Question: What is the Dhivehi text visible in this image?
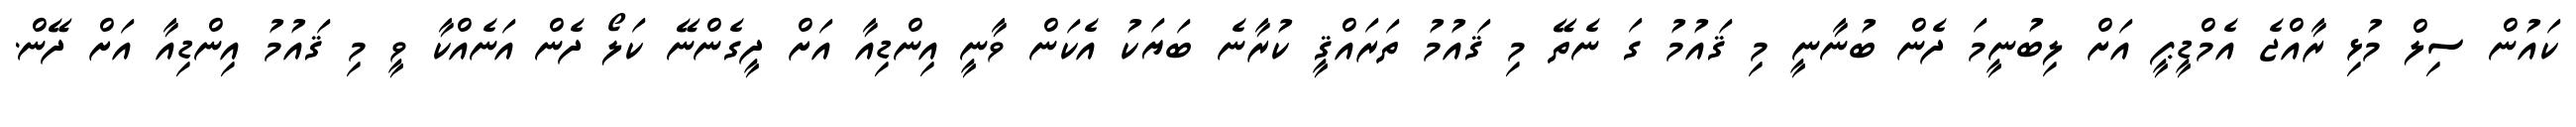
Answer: ކައުން ސިލް މުޅި ރާއްޖެ އެމްޑީޕީ އަށް ލިބުނީމަ ދެން ބުނާނީ މި ޤައުމު ގަ ނެތޭ މި ޤައުމު ތަރައްޤީ ކުރާނެ ބަޔަކު އެކަން ވާނީ އިންޑިއާ އަށް ދީގެންނޭ ކަލޯ ދެން އަނެއްކާ ވީ މި ޤައުމު އިންޑިއާ އަށް ދޭން.